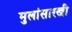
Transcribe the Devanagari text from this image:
मुलांसारखी